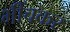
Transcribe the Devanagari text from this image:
भींचकर